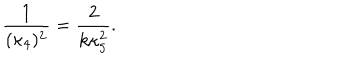
LaTeX: \frac { 1 } { ( \kappa _ { 4 } ) ^ { 2 } } = \frac { 2 } { k \kappa _ { 5 } ^ { 2 } } .